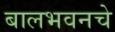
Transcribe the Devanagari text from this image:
बालभवनचे